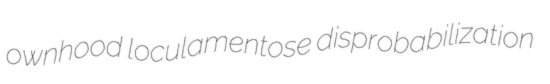
ownhood loculamentose disprobabilization